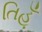
તિહૂઁ